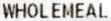
WHOLEMEAL